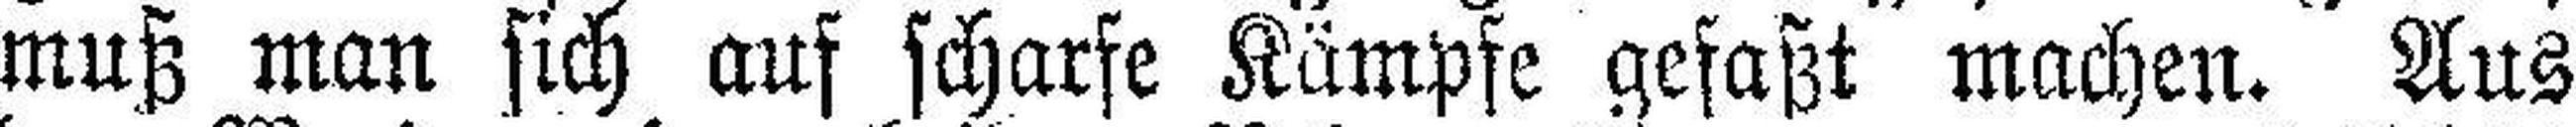
muß man sich auf scharfe Kämpfe gefaßt machen. Aus